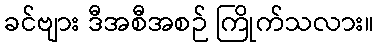
ခင်ဗျား ဒီအစီအစဉ် ကြိုက်သလား။